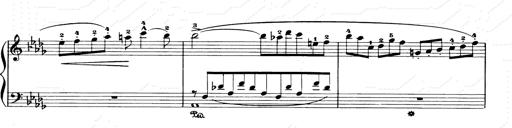
Title: Consolations and LiebestrÃ¤ume for the Piano
Composer: Franz Liszt